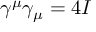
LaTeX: \gamma ^ { \mu } \gamma _ { \mu } = 4 I